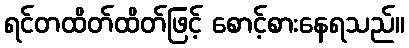
ရင်တထိတ်ထိတ်ဖြင့် စောင့်စားနေရသည်။